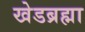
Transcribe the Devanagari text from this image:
खेडब्रह्मा